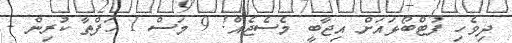
ދިވެހި ފުޓްބޯޅައަށް އިޖާބީ މެސެޖެއް! 9 މަސް 1 ހަފްތާ ކުރިން -